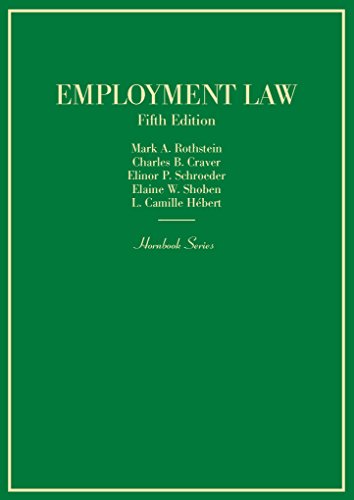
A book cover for Employment Law (Hornbook); Mark Rothstein; Business & Money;